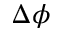
\Delta \phi